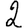
Digit: 2